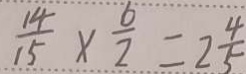
\frac { 1 4 } { 1 5 } \times \frac { 6 } { 2 } = 2 \frac { 4 } { 5 }